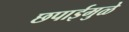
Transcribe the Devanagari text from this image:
छपाईमुळे